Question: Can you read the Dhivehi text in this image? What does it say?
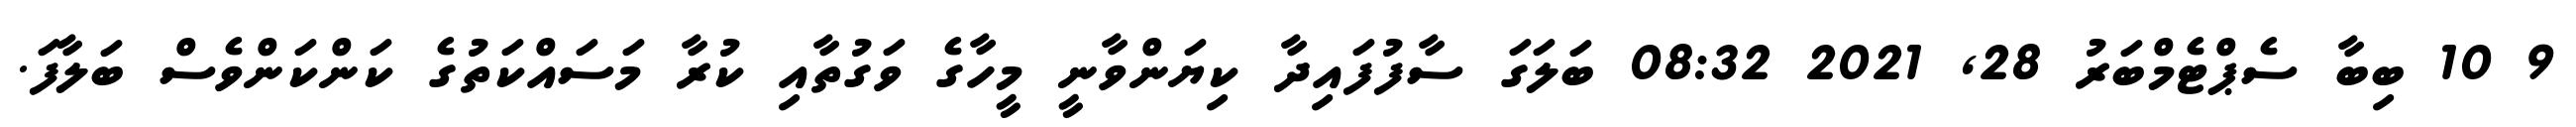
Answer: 9 10 ބިބާ ސެޕްޓެމްބަރު 28, 2021 08:32 ބަލަގަ ސާފުފައިދާ ކިޔަންވާނީ މީހާގެ ވަގުތާއި ކުރާ މަސައްކަތުގެ ކަންކަންވެސް ބަލާފަ.